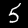
Label: 5